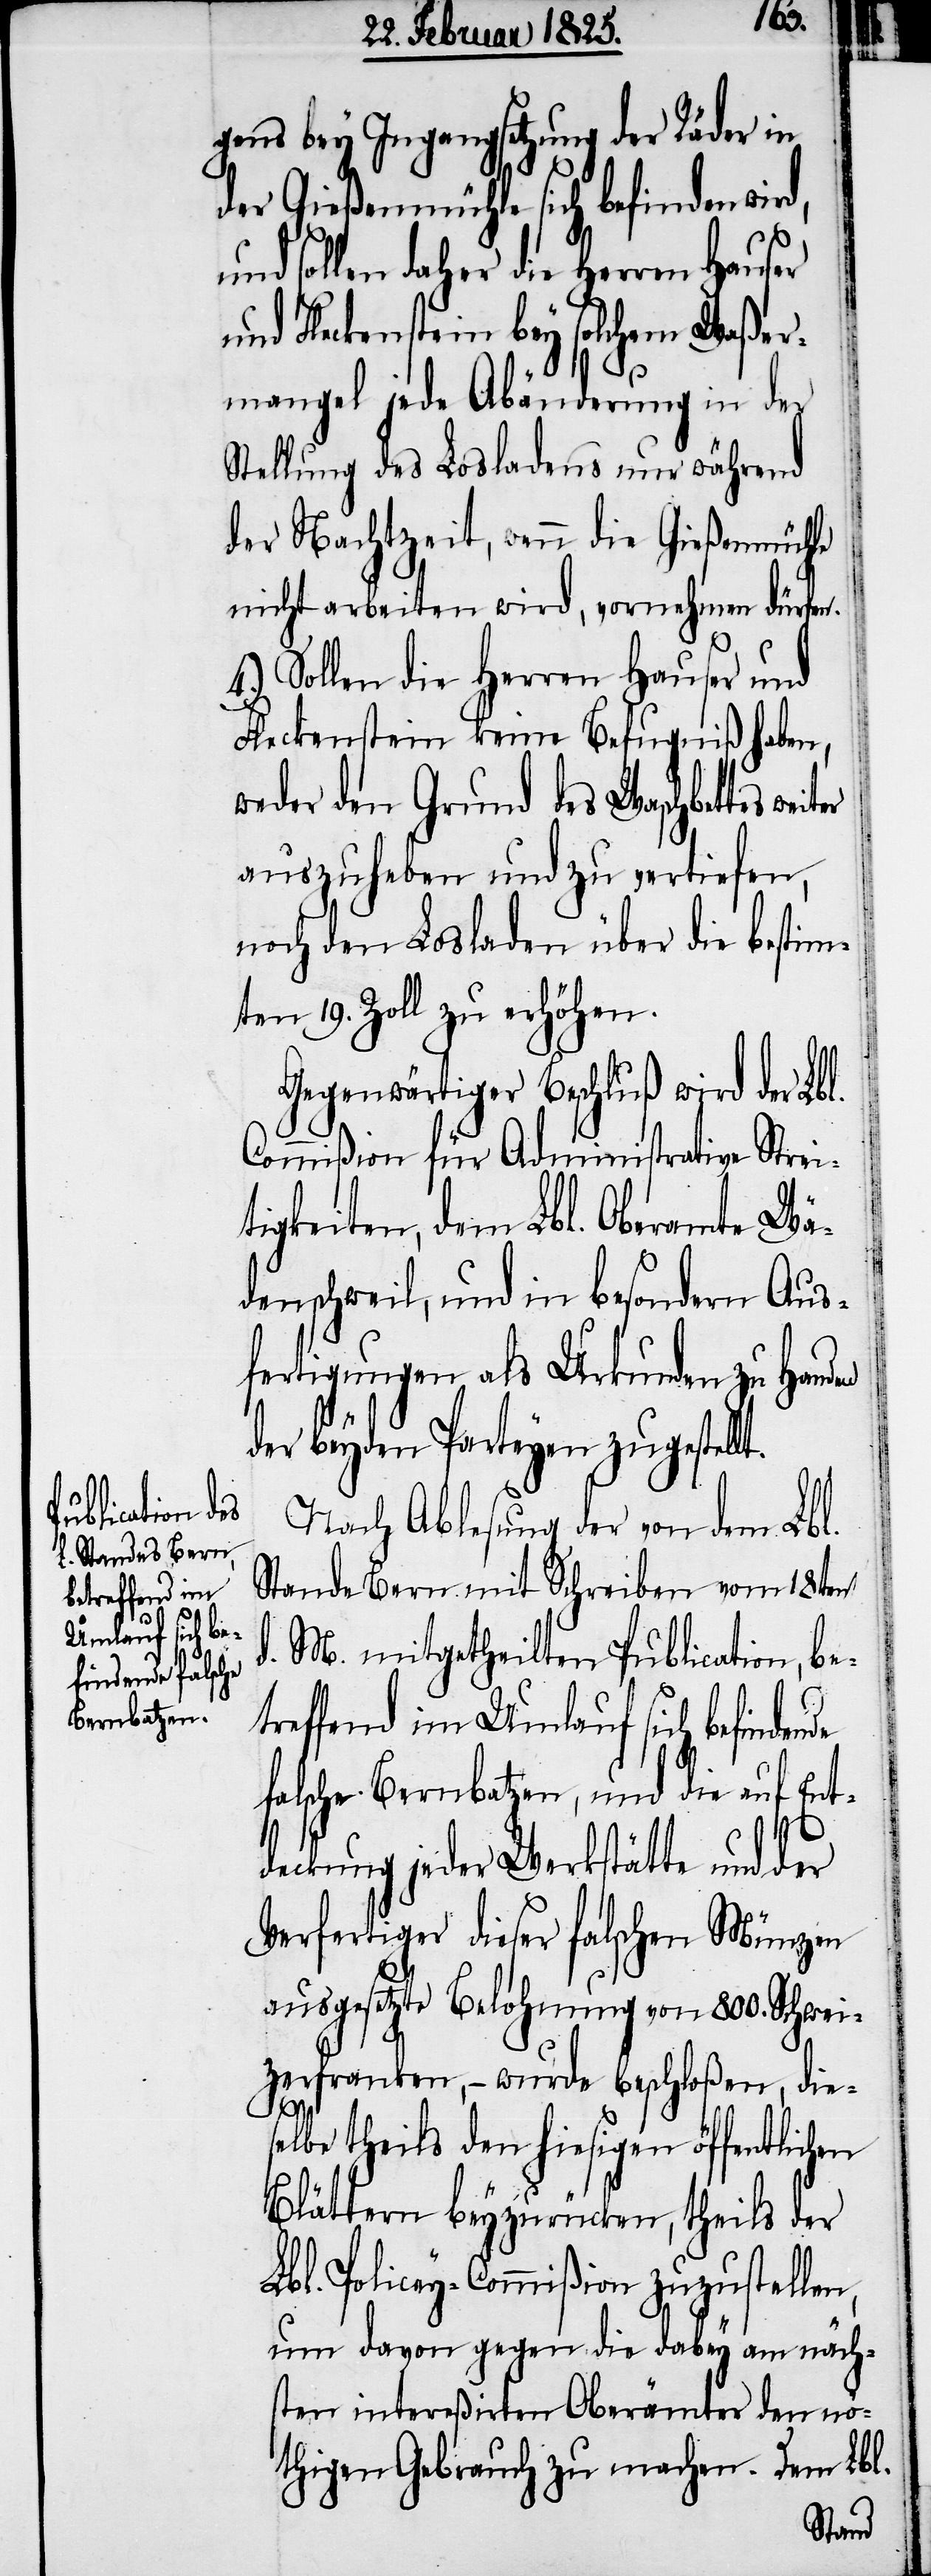
gens bey Ingangsetzung der Räder in
der Gießenmühle sich befinden wir¬
und sollen daher die Herren Hauser
und Fleckenstein bey solchem Waßer¬
mangel jede Abänderung in der
Stellung des Losladens nur während
der Nachtzeit, wenn die Gießenmühle
nicht arbeiten wird, vornehmen dürfen.
4.) Sollen die Herren Hauser und
Fleckenstein keine Befugniß haben,
weder den Grund des Waschbettes
auszuheben und zu vertiefen,
noch den Losladen über die bestim¬
mten 19. Zoll zu erhöhen.
Gegenwärtiger Beschluß wird der Lbl.
Commißion für Administrative Strei¬
tigkeiten, dem Lbl. Oberamte Wä¬
denschweil, und in besondern Aus¬
fertigungen als Urkunden zu Hand¬
der beyden Parteyen zugestellt.
Nach Ablesung der von dem Lbl.
Stande Bern mit Schreiben vom 18ten
d. M. mitgetheilten Publication, be¬
treffend im Umlauf sich befinden¬
falsche Bernbatzen, und die auf Ent¬
deckung jeder Werkstätte und der
Verfertiger dieser falschen Münzen
ausgesetzter Belohnung von 800. Schwei¬
zerfranken, − wurde beschloßen, dies¬
de
elbe theils den hiesigen öffentlichen
Blättern beyzurücken, theils der
Lbl. Policey-Commißion zuzustellen,
um davon gegen die dabey am näch¬
sten intereßirten Oberämter den nö¬
thigen Gebrauch zu machen. Dem Lbl.